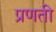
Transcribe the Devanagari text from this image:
प्रणती